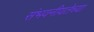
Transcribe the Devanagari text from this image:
संभवनीयतेच्या